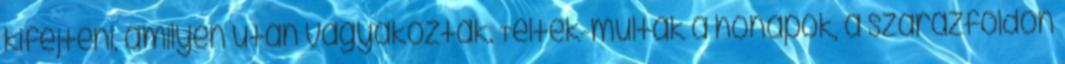
kifejteni, amilyen után vágyakoztak. Teltek-múltak a hónapok, a szárazföldön